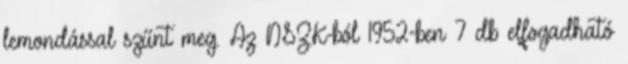
lemondással szűnt meg. Az NSZK-ból 1952-ben 7 db elfogadható